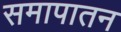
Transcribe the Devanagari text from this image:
समापातन